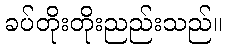
ခပ်တိုးတိုးညည်းသည်။